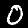
Digit: 0